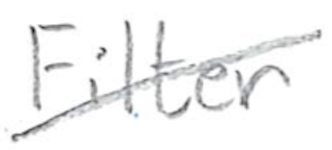
Text: Filter
Cross-out: mix
Writing tool: pencil